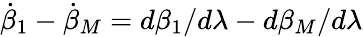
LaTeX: \dot{\beta}_{1}-\dot{\beta}_{M}=d\beta_{1}/d\lambda-d\beta_{M}/d\lambda